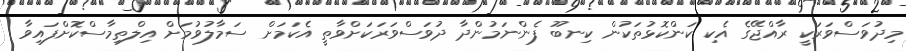
މިދުވަސްވަރަކީ ރާއްޖޭގެ އެކި ކަންކޮޅުތަކުން ކިނބޫ ފެންނަމުންދާ ދުވަސްވަރަކަށްވާތީ އެކަމަށް ސަމާލުވުމަށް އިލްތިމާސްކޮށްފައިވާ